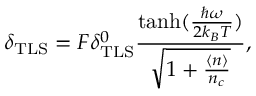
\delta _ { \mathrm { T L S } } = F \delta _ { \mathrm { T L S } } ^ { 0 } \frac { \mathrm { t a n h } ( \frac { \hbar \omega } { 2 k _ { B } T } ) } { \sqrt { 1 + \frac { \langle n \rangle } { n _ { c } } } } ,